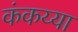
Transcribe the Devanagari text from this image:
कंकय्या